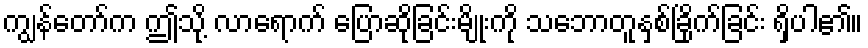
ကျွန်တော်က ဤသို့ လာရောက် ပြောဆိုခြင်းမျိုးကို သဘောတူနှစ်ခြိုက်ခြင်း ရှိပါ၏။